Document type: Sale
Year: 1354
Scribe: Bernat de Torre
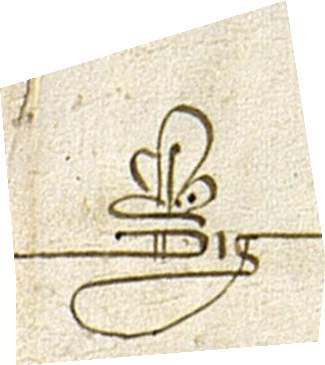
Sig